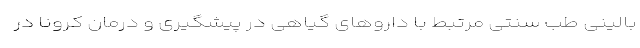
بالینی طب سنتی مرتبط با داروهای گیاهی در پیشگیری و درمان کرونا در